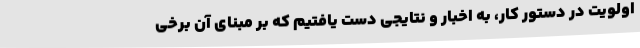
اولویت در دستور کار، به اخبار و نتایجی دست یافتیم که بر مبنای آن برخی